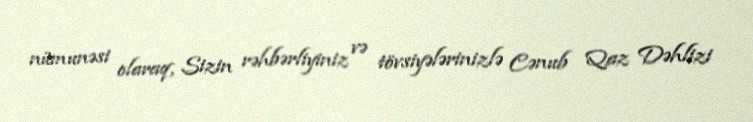
nümunəsi olaraq, Sizin rəhbərliyiniz və tövsiyələrinizlə Cənub Qaz Dəhlizi